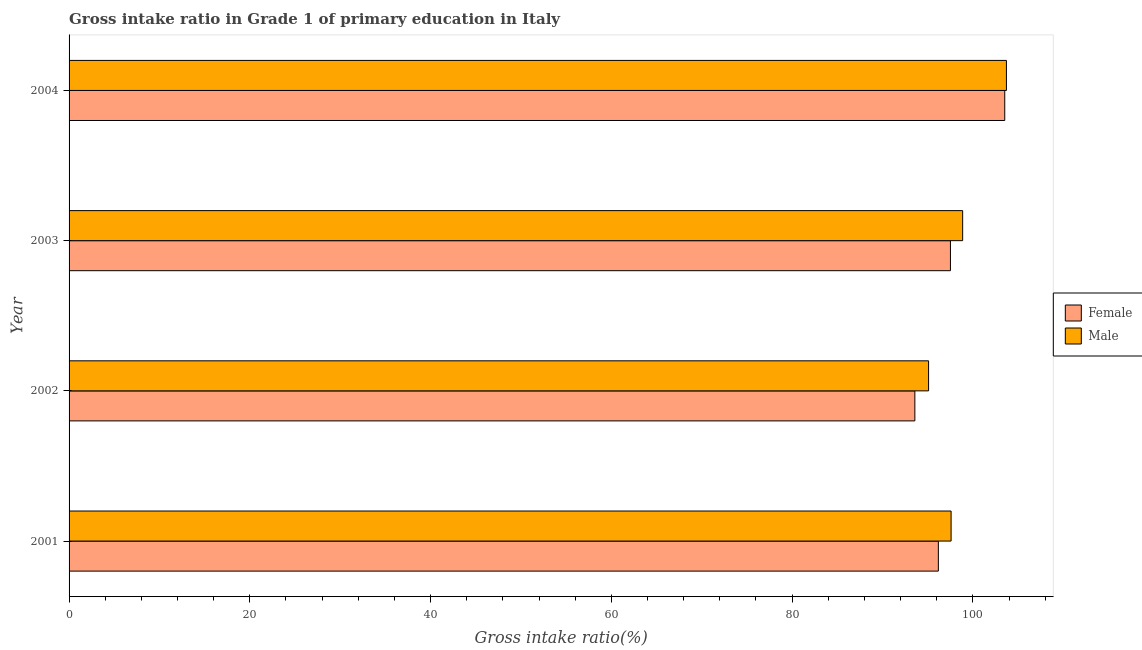
| Year | Female | Male |
 | --- | --- | --- |
 | 2001 | 96.2 | 97.6 |
 | 2002 | 93.6 | 95.1 |
 | 2003 | 97.5 | 98.9 |
 | 2004 | 104 | 104 |